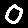
Digit: 0